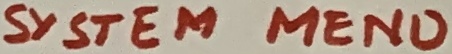
Text: SYSTEM MENU